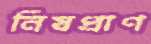
নিষপ্রাণ